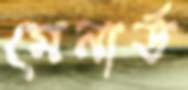
মেনার্ড